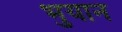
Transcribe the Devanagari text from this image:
भुयान